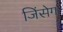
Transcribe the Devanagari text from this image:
जिंसेग